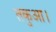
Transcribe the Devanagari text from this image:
तकुआ।